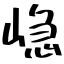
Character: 𭖷